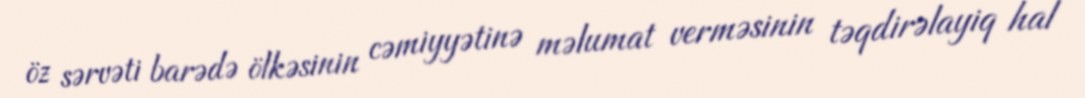
öz sərvəti barədə ölkəsinin cəmiyyətinə məlumat verməsinin təqdirəlayiq hal